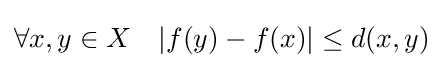
\forall x,y\in X\quad |f(y)-f(x)|\leq d(x,y)